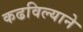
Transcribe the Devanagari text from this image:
कढविल्याने